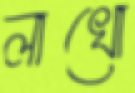
লাখো